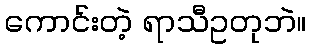
ကောင်းတဲ့ ရာသီဥတုဘဲ။